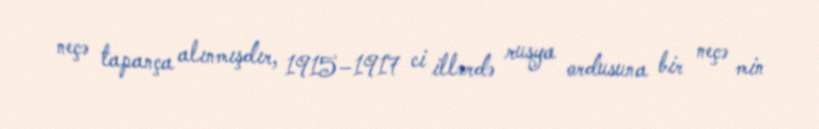
neçə tapança alınmışdır, 1915–1917 ci illərdə rusya ordusuna bir neçə min